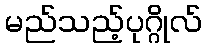
မည်သည့်ပုဂ္ဂိုလ်